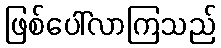
ဖြစ်ပေါ်လာကြသည်